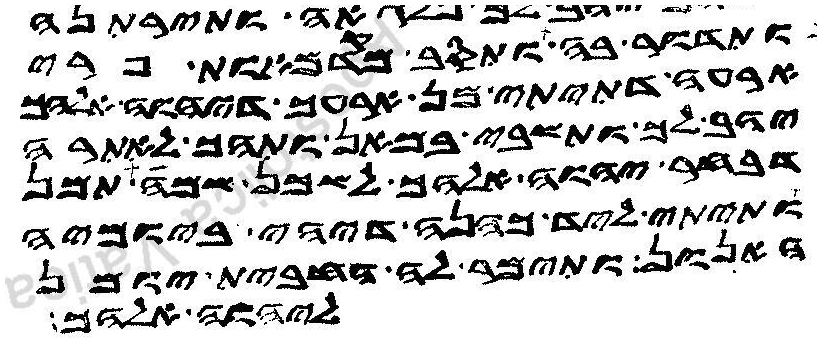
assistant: ותדור בה ותסב מקדמאות פרי
ארעה דתיתי מן ארעך דיהוה אלהך
יהב לך ותשבי במאן ותהך לאתרה
דבחר יהוה אלהך לשכן שמה תמן
ותיתי ליד כהנה דיהי ביומיה
האנון ותימר לה החבית יומן
ליהוה אלהך